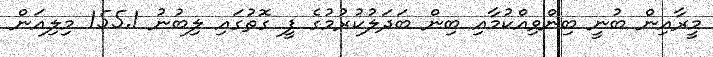
މީރާއިން ބުނީ ބިންވިއްކުމާއި ބިން ބަދަލުކުރުމުގެ ފީ ގޮތުގައި ލިބުނު 155.1 މިލިއަން